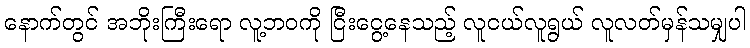
နောက်တွင် အဘိုးကြီးရော လူ့ဘဝကို ငြီးငွေ့နေသည့် လူငယ်လူရွယ် လူလတ်မှန်သမျှပါ